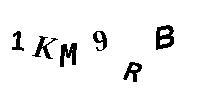
1KM9RB